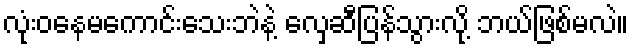
လုံးဝနေမကောင်းသေးဘဲနဲ့ လှေဆီပြန်သွားလို့ ဘယ်ဖြစ်မလဲ။